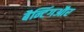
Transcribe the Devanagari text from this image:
बैन्टिंगऔर